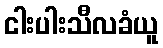
ငါးပါးသီလခံယူ